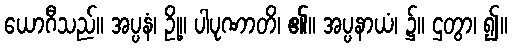
ယောဂီသည်။ အပ္ပနံ၊ ဥို့။ ပါပုဏာတိ၊ ၏။ အပ္ပနာယံ၊ ၌။ ဌတွာ၊ ၍။